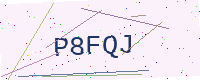
Text: P8FQJ